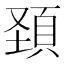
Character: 頚